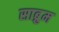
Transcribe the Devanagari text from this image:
साब्रुम